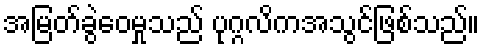
အမြတ်ခွဲဝေမှုသည် ပုဂ္ဂလိကအသွင်ဖြစ်သည်။